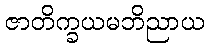
ဇာတိက္ခယမဘိညာယ